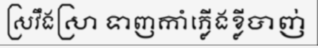
ស្រវឹងស្រា ទាញកាំភ្លើងខ្លីបាញ់